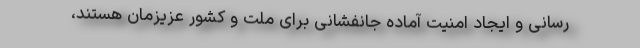
رسانی و ایجاد امنیت آماده جانفشانی برای ملت و کشور عزیزمان هستند،